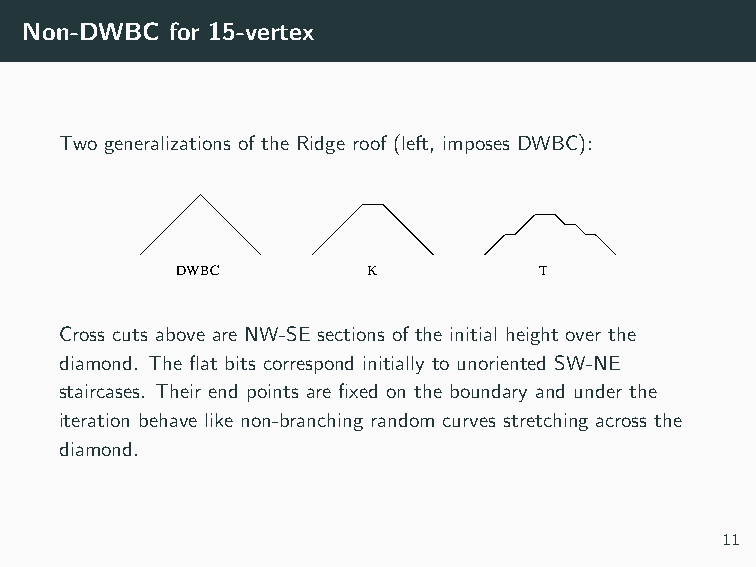
Non-DWBC  for 15-vertex
 Two generalizations of the Ridge roof (left, imposes DWBC):
 DWBC        K           T
 Cross cuts above are NW-SE sections of the initial height over the
 diamond. The flat bits correspond initially to unoriented SW-NE
 staircases. Their end points are fixed on the boundary and under the
 iteration behave like non-branching random curves stretching across the
 diamond.
 11